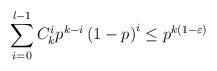
LaTeX: \begin{align*}\sum\limits_{i=0}^{l-1} C^{i}_k p^{k-i}\left(1-p\right)^i \leq p^{k(1-\varepsilon)}\end{align*}